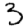
Digit: 3